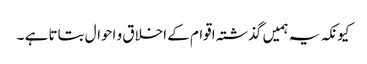
کیونکہ یہ ہمیں گذشتہ اقوام کے اخلاق و احوال بتاتا ہے ۔